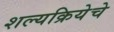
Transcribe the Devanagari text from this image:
शल्यक्रियेचे